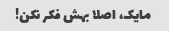
مایک، اصلا بهش فکر نکن!